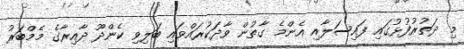
މި ދަތުރުފުޅުގައި ފައިސަލާއި އެންމެ ގާތުން ވާދަކުރައްވައި ބަލިވި ކެންދޫ ދާއިރާގެ މެމްބަރު